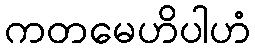
ကတမေဟိပါဟံ